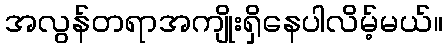
အလွန်တရာအကျိုးရှိနေပါလိမ့်မယ်။